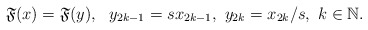
\begin{align*}\mathfrak{F}(x)=\mathfrak{F}(y),\ \ y_{2k-1}=sx_{2k-1},\ y_{2k}=x_{2k}/s,\ k\in\mathbb{N}.\end{align*}